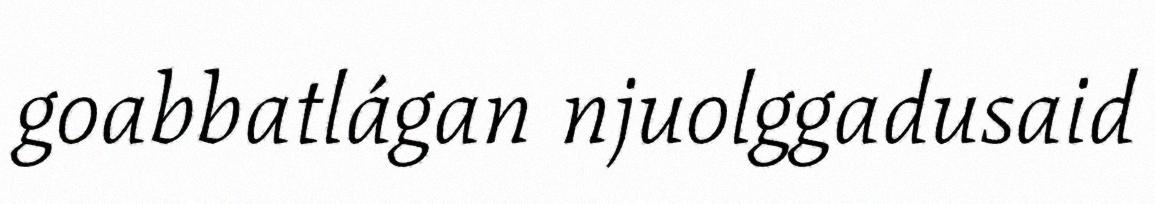
goabbatlágan njuolggadusaid